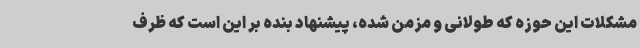
مشکلات این حوزه که طولانی و مزمن شده، پیشنهاد بنده بر این است که ظرف